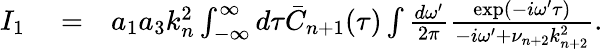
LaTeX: \begin{array}{rlr}{I_{1}}&{{}=}&{a_{1}a_{3}k_{n}^{2}\int_{-\infty}^{\infty}d\tau\bar{C}_{n+1}(\tau)\int\frac{d\omega^{\prime}}{2\pi}\frac{\exp(-i\omega^{\prime}\tau)}{-i\omega^{\prime}+\nu_{n+2}k_{n+2}^{2}}.}\end{array}